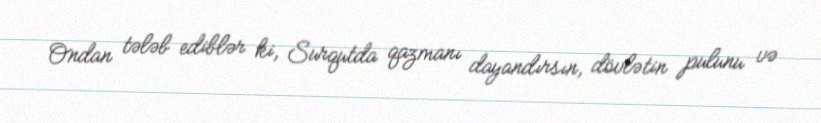
Ondan tələb ediblər ki, Surqutda qazmanı dayandırsın, dövlətin pulunu və